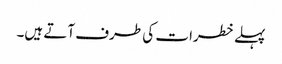
پہلے خطرات کی طرف آتے ہیں۔